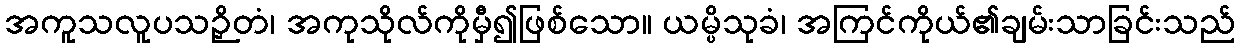
အကူသလူပသဉှိတံ၊ အကုသိုလ်ကိုမှီ၍ဖြစ်သော။ ယမ္ပိသုခံ၊ အကြင်ကိုယ်၏ချမ်းသာခြင်းသည်